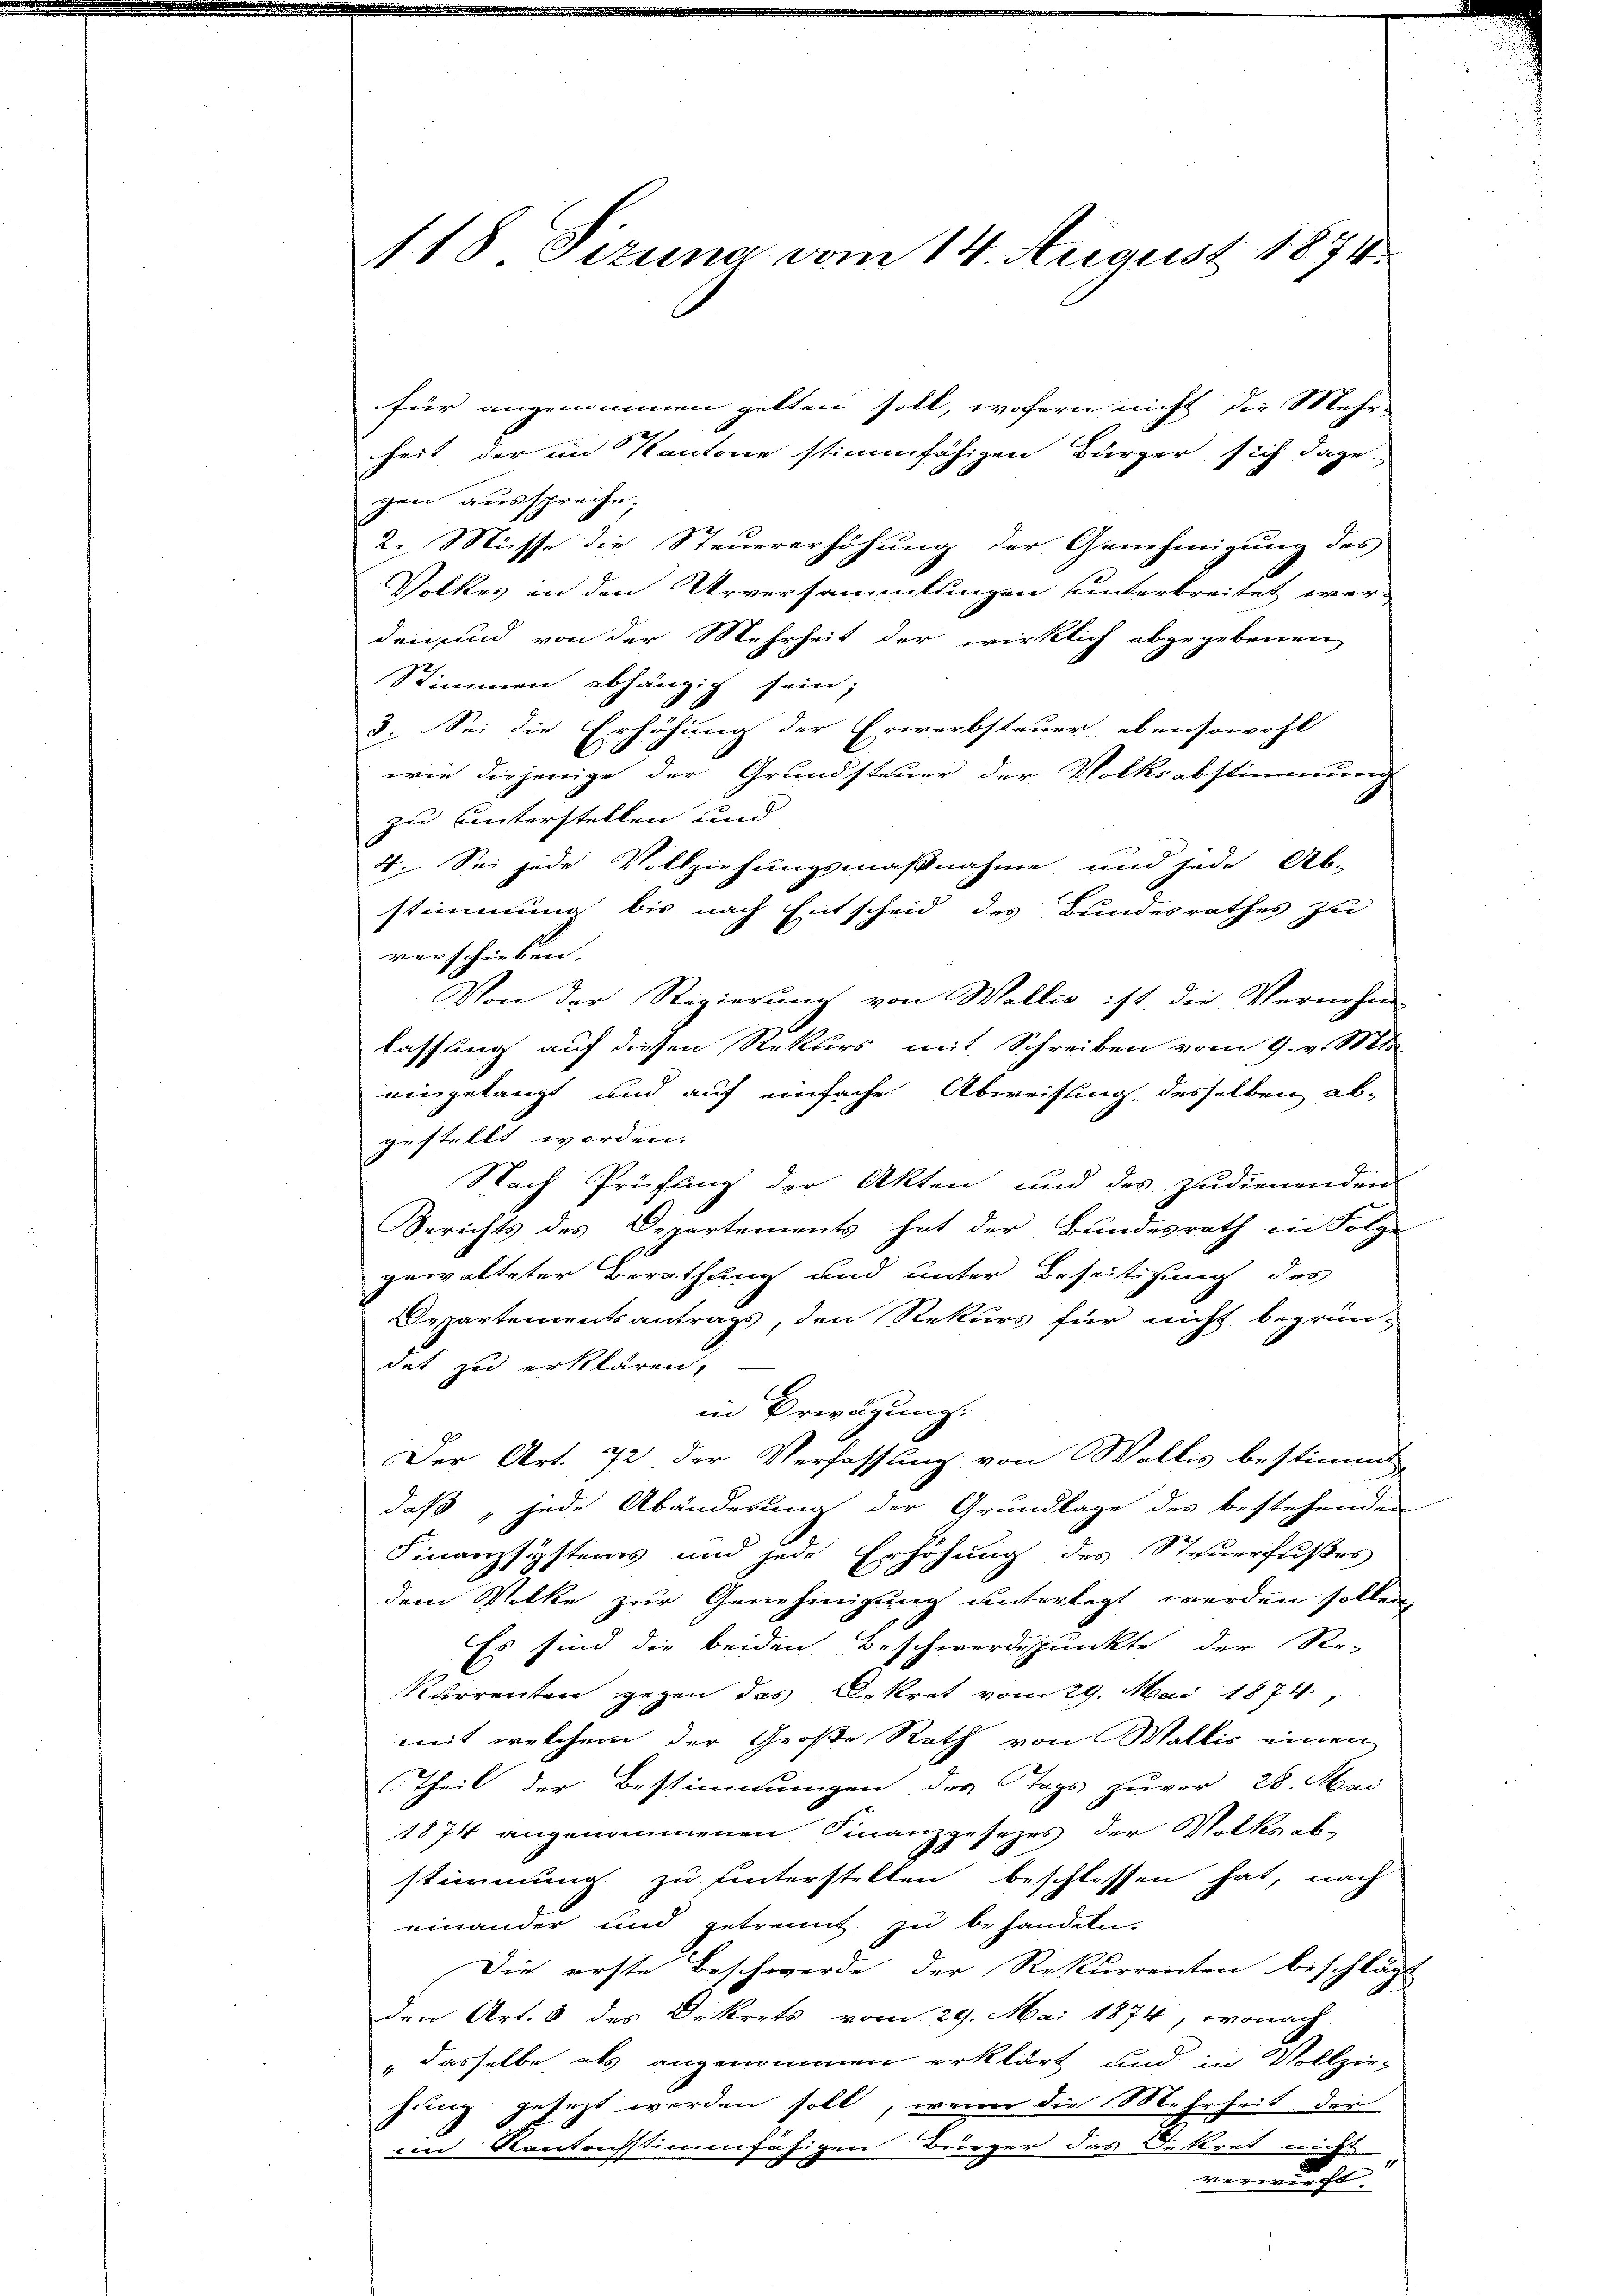
118 Tizung vom 14. August 1874.

für angenommen gelten soll, wofern nicht die Mehr-
heit der im Kantone stimmfähigen Bürger sich dage-
gen ausspreche.
2. Müsse die Steuererhöhung der Genehmigung des
Volkes in den Urversammlungen unterbreitet werd
den in von der Mehrheit der wirklich abgegebenen
Stimmen abhängig sein;
3. Sei die Erhöhung der Erwerbsteuer ebensowohl
wie diejenige der Grundsteuer der Volksabstimmung
zu unterstellen und
4. Sei jede Vollziehungsmaßnahme und jede Ab-
stimmung bis nach Entscheid des Bundesrathes zu
verschieben.
Von der Regierung von Wallis ist, die Vernehme
lassung auf diesen Rekurs mit Schreiben vom 9. v. Mt
eingelangt und auf einfache Abweisung desselben ab-
gestellt worden.
Be¬
Nach Prüfung der Akten und des zudienenden
Berichts des Departements hat der Bundesrath in Folge
gewalteter Berathung und unter Beseitigung des
Departementsantrags, den Rekurs für nicht begrün-
det zu erklären,
in Erwägung.
Der Art. 72 der Verfassung von Wallis bestimmt
daß, jede Abänderung der Grundlage des bestehenden
Finanzsystems und jede Erhöhung des Steuerfußes
dem Volke zur Genehmigung unterlegt werden sollen,
Es sind die beiden Beschwerdepunkte der Re-
Kurrenten gegen das Dekret vom 29. Mai 1874,
mit welchem der Große Rath von Wallis einen
Theil der Bestimmungen des Tags zuvor 28. Mai
1874 angenommenen Finanzgesezes der Volksabstimmung zu hinterstellen beschlossen hat, nach
einander und getrennt zu behandeln
Die erste Beschwerde der Rekurrenten beschlägt
den Art. 8 des Orkrets vom 29. Mai 1874, wonach
" dasselbe als angenommen erklärt und in Vollzie-
sung gesezt werden soll, wenn die Mehrheit der
iin Kantonsstimmfähigen Bringer das Dekret nicht
verwucht.